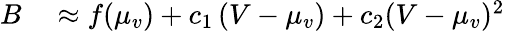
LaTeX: \begin{array}{rl}{B}&{{}\approx f(\mu_{v})+c_{1}\left({V}-\mu_{v}\right)+c_{2}(V-\mu_{v})^{2}}\end{array}